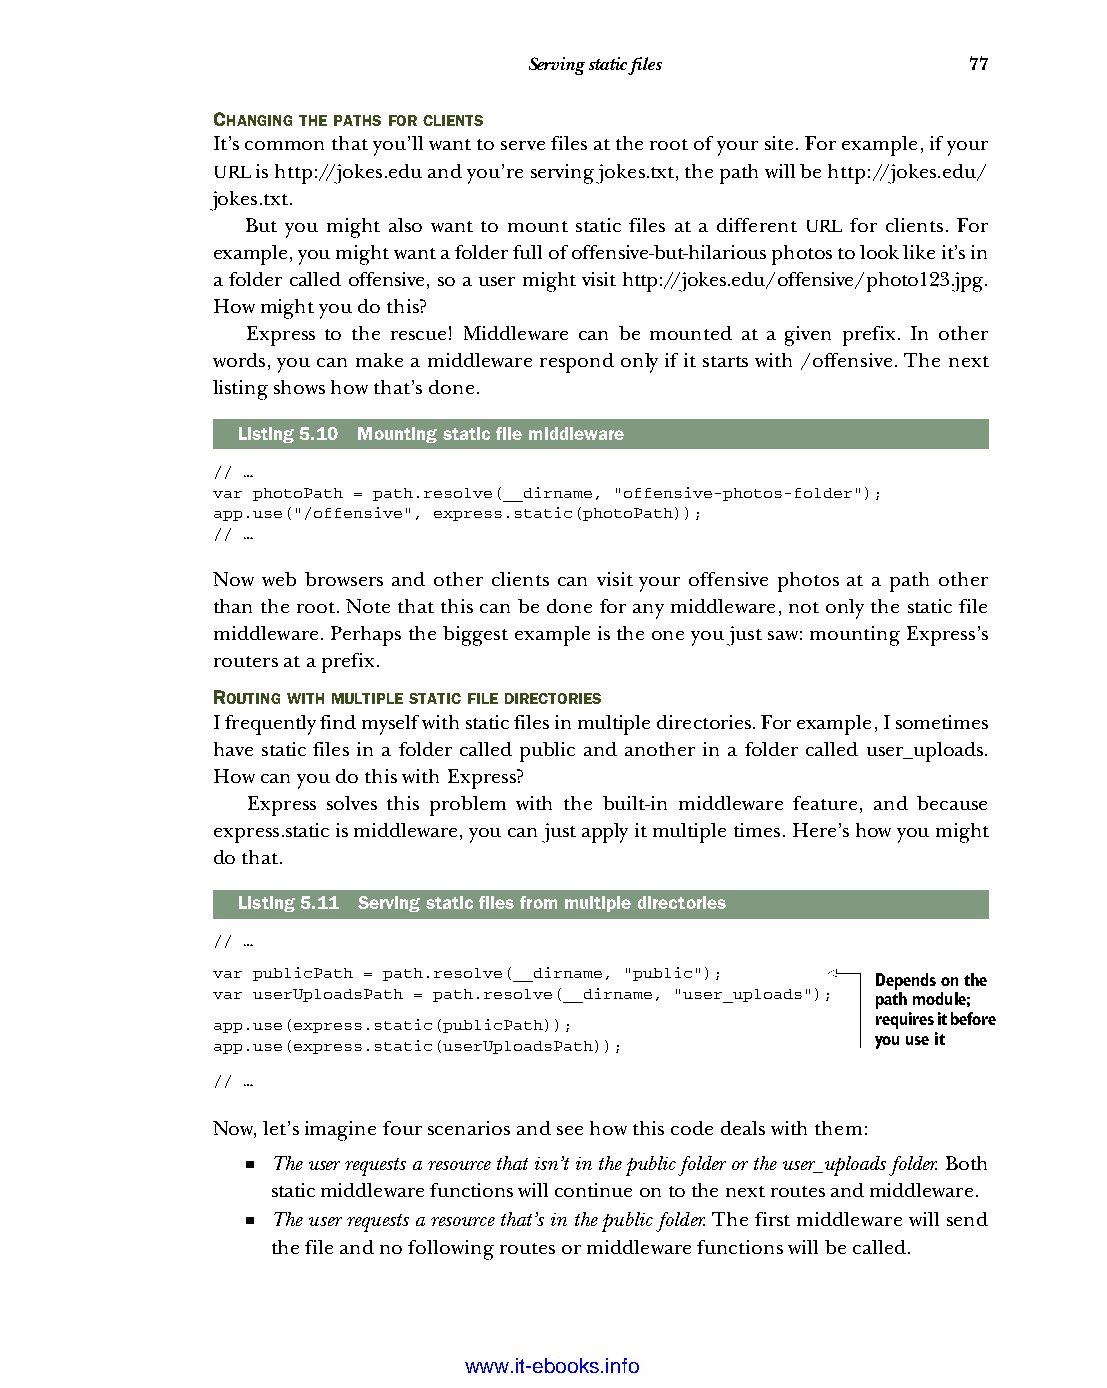
Serving static files         77
 CHANGING THE PATHS FOR CLIENTS
 It’s common that you’ll want to serve files at the root of your site. For example, if your
 URL is http://jokes.edu and you’re serving jokes.txt, the path will be http://jokes.edu/
 jokes.txt.
 But you might also want to mount static files at a different URL for clients. For
 example, you might want a folder full of offensive-but-hilarious photos to look like it’s in
 a folder called offensive, so a user might visit http://jokes.edu/offensive/photo123.jpg.
 How might you do this?
 Express to the rescue! Middleware can be mounted at a given prefix. In other
 words, you can make a middleware respond only if it starts with /offensive. The next
 listing shows how that’s done.
 Listing5.10 Mounting static file middleware
 // …
 var photoPath = path.resolve(__dirname, "offensive-photos-folder");
 app.use("/offensive", express.static(photoPath));
 // …
 Now web browsers and other clients can visit your offensive photos at a path other
 than the root. Note that this can be done for any middleware, not only the static file
 middleware. Perhaps the biggest example is the one you just saw: mounting Express’s
 routers at a prefix.
 ROUTING WITH MULTIPLE STATIC FILE DIRECTORIES
 I frequently find myself with static files in multiple directories. For example, I sometimes
 have static files in a folder called public and another in a folder called user_uploads.
 How can you do this with Express?
 Express solves this problem with the built-in middleware feature, and because
 express.static is middleware, you can just apply it multiple times. Here’s how you might
 do that.
 Listing5.11 Serving static files from multiple directories
 // …
 var publicPath = path.resolve(__dirname, "public");
 Depends on the
 var userUploadsPath = path.resolve(__dirname, "user_uploads");
 path module;
 app.use(express.static(publicPath));        requires it before
 app.use(express.static(userUploadsPath));   you use it
 // …
 Now, let’s imagine four scenarios and see how this code deals with them:
 ■ The user requests a resource that isn’t in the public folder or the user_uploads folder. Both
 static middleware functions will continue on to the next routes and middleware.
 ■ The user requests a resource that’s in the public folder. The first middleware will send
 the file and no following routes or middleware functions will be called.
 Licensed wtow w <.mit-ielebro.8o8k8s@.ingfomail.com>